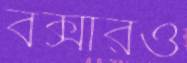
বক্সারও